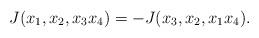
LaTeX: \begin{align*}J(x_{1},x_{2},x_{3}x_{4})=-J(x_{3},x_{2},x_{1}x_{4}).\end{align*}